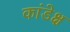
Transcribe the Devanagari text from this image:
कांडेक्ष